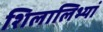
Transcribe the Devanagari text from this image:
शिलालिभ्यां